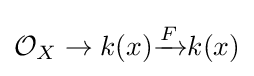
{\mathcal {O}}_{X}\to k(x){\xrightarrow {\overset {}{F}}}k(x)